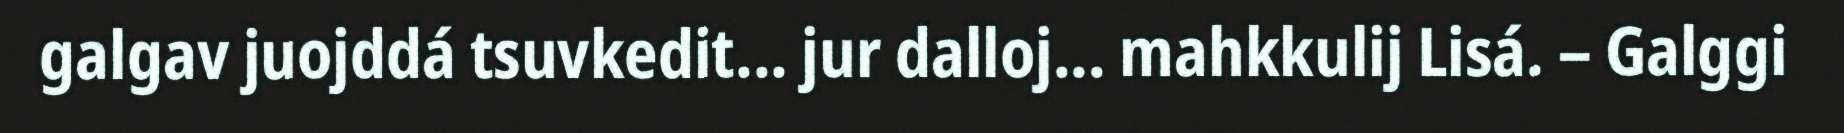
galgav juojddá tsuvkedit... jur dalloj... mahkkulij Lisá. – Galggi